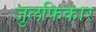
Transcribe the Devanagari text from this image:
जुलफिकार